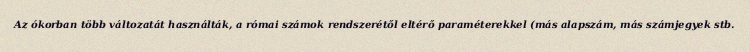
Az ókorban több változatát használták, a római számok rendszerétől eltérő paraméterekkel (más alapszám, más számjegyek stb.